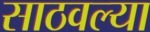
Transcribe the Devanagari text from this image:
साठवल्या